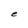
Character: e